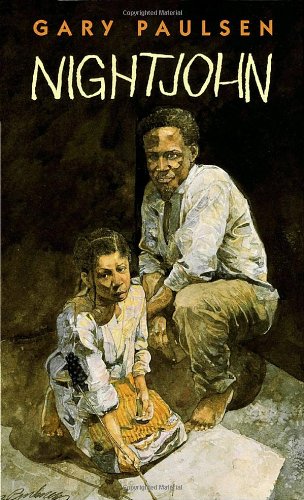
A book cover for Nightjohn; Gary Paulsen; Teen & Young Adult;